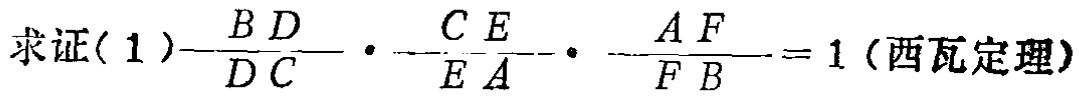
求证( 1 )$\frac{BD}{DC}\cdot\frac{CE}{EA}\cdot\frac{AF}{FB}=1$ (西瓦定理)